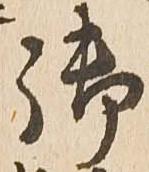
御